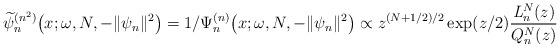
LaTeX: \begin{align*} \widetilde{\psi }_{n}^{(n^{2})}\big(x;\omega ,N,-\Vert \psi _{n} \Vert ^{2}\big)=1/\Psi _{n}^{(n) }\big(x;\omega ,N,- \Vert \psi _{n} \Vert ^{2}\big)\propto z^{(N+1/2) /2}\exp ( z/2 ) \frac{\mathit{L}_{n}^{N}(z) }{Q_{n}^{N}(z)} \end{align*}